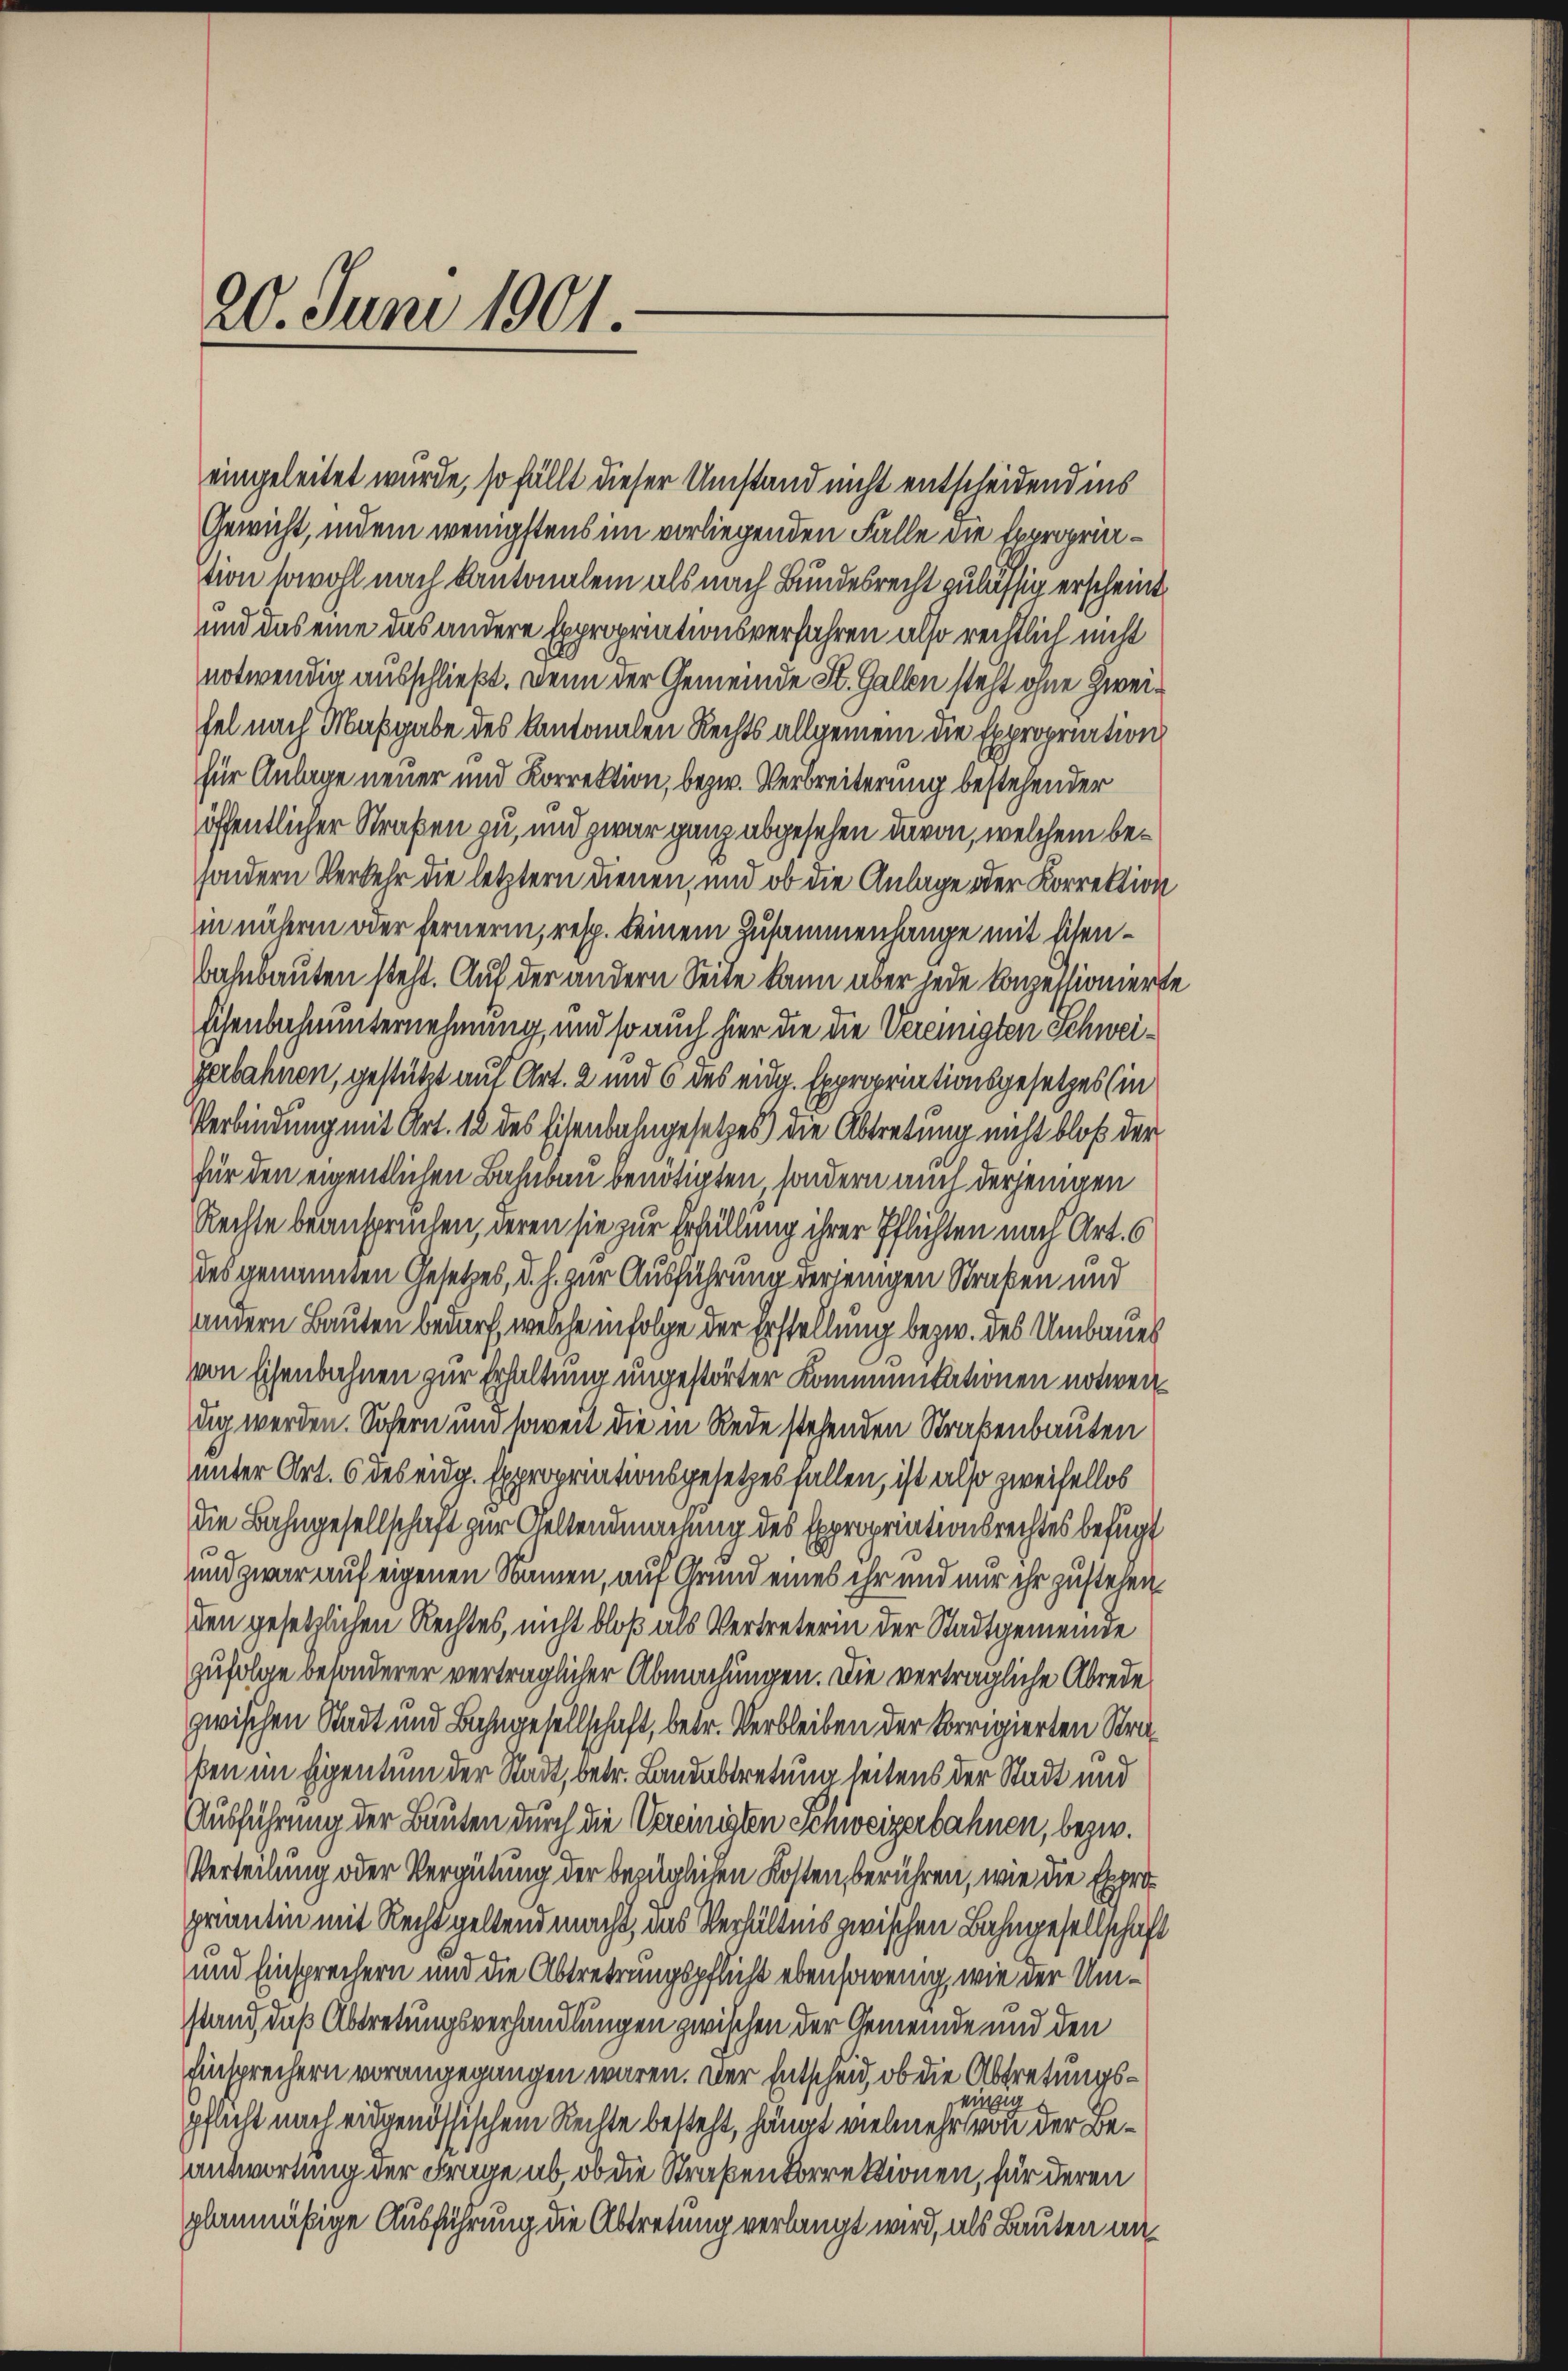
20. Juni 1901.

eingeleitet würde, so fällt dieser Umstand nicht entscheidend ins
Gewicht, indem wenigstens im vorliegenden Falle die Expropriation sowohl nach Kantonalein als nach Bundesrecht zulässig erscheint
und das eine das andere Expropriationsverfahren also rechtlich nicht
notwendig ausschließt. Denn der Gemeinde St. Gallen steht ohne Zweifel nach Maßgabe des Kantonalen Rechts allgemein die Expropriation
für Anlage neuer und Korrektion, bezw. Verbreiterung bestehender
öffentlicher Straßen zu, und zwar ganz abgesehen davon, welchem besondern Verkehr die letztern dienen, und ob die Anlage oder Korrektion
in näherm oder fernerem, resp. keinem Zusammenhange mit Eisen¬
Bahnbauten steht. Auf der andern Seite kann aber jede Konzessioniers
schenbahnunternehmung, und so auch hier die die Vereinigten Schweigerbahnen, gestützt auf Art. 2 und 6 des eidg. Expropriationsgesetzes (in
Verbindung mit Art. 12 des Eisenbahngesetzes) die Abtretung nicht bloß der
für den eigentlichen Bahnbau benötigten, sondern auch derjenigen
Rechte beansprüchen, deren sie zur Erfüllung ihrer Pflichten nach Art. 6
des genannten Gesetzes, d. h. zur Ausführung verjenigen Straßen und
andern Bauten bedarf, welche in Folge der Erstellung bezw. des Umbaues
von Eisenbahnen zur Erhaltung ungestörter Kommunitationen notweil
dig werden. Sofern und soweit die in Rede stehenden Straßenbauten
unter Art. 6 des eidg. Expropriationsgesetzes fallen, ist also zweifellos
die Bahngesellschaft zur Keltendmachung des Expropriationsrechtes befugt
und zwar auf eigenen Namen, auf Grund eines ihr und nur ihr zustehen
den gesetzlichen Rechtes, nicht bloß als Vertreterin der Stadtgemeinde
zufolge besonderer verträglicher Abmachungen. Die verträgliche Abrede
zwischen Stadt und Bahngesellschaft, betr. Verbleiben der korrigierten Straßen im Eigentum der Stadt, betr. Landabtretung seitens der Stadt und
Ausführung der Bauten durch die Vereinigten Schweizerbahnen, bezw.
Verteilung oder Vergütung der bezüglichen Kosten, berühren, wie die Exprograntin mit Recht geltend macht, das Verhältnis zwischen Bahngesellschaft
und Einsprechern und die Abtreterungspflicht ebensowenig, wie der Umstand, daß Abtretungsverhandlungen zwischen der Gemeinde und den
Einsprechern vorangegangen wären. Der Entscheid, ob die Abtretungspfacht nach eidgenössischem Steilte besteht, hängt vielmehr sei der Beantwortung der Frage ab, ob die Straßenkorrektionen, für deren
planmäßige Ausführung die Abtretung verlangt wird, als Bauten an